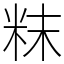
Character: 粖